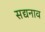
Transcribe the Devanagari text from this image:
सद्यनाव